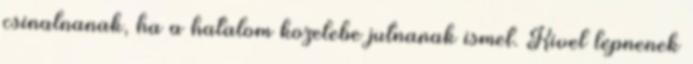
csinalnanak, ha a hatalom kozelebe jutnanak ismet. Kivel lepnenek